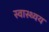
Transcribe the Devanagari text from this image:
स्वास्थ्यय